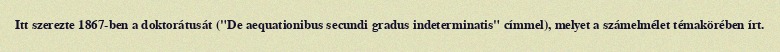
Itt szerezte 1867-ben a doktorátusát ("De aequationibus secundi gradus indeterminatis" címmel), melyet a számelmélet témakörében írt.